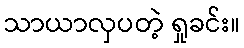
သာယာလှပတဲ့ ရှုခင်း။